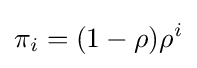
\pi _{i}=(1-\rho )\rho ^{i}